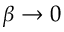
\beta \to 0